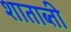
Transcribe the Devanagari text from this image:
शाताब्ती